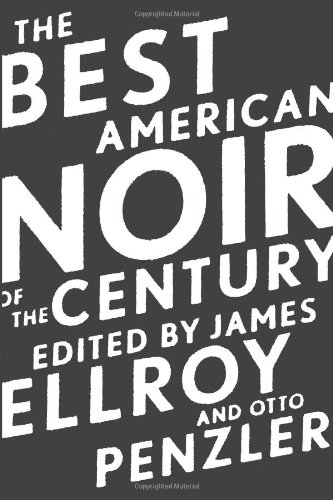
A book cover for The Best American Noir of the Century; Mystery, Thriller & Suspense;